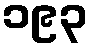
၁၉၃